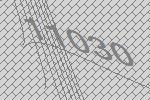
11030